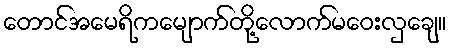
တောင်အမေရိကမျောက်တို့လောက်မဝေးလှချေ။